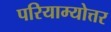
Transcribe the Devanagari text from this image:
परियाम्योत्तर